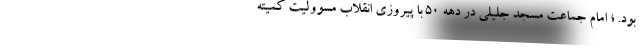
بود. ؛ امام جماعت مسجد جلیلی در دهه 50 با پیروزی انقلاب مسوولیت کمیته